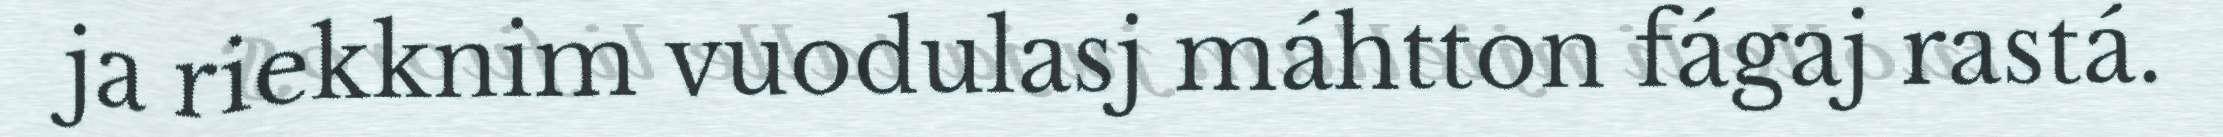
ja riekknim vuodulasj máhtton fágaj rastá.